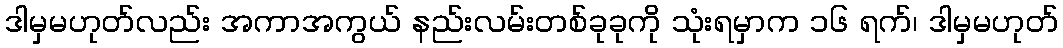
ဒါမှမဟုတ်လည်း အကာအကွယ် နည်းလမ်းတစ်ခုခုကို သုံးရမှာက ၁၆ ရက်၊ ဒါမှမဟုတ်